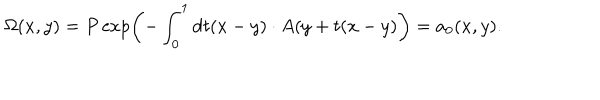
\Omega ( x , y ) = P \exp \left( - \int _ { 0 } ^ { 1 } \mathrm { d } t ( x - y ) \cdot A ( y + t ( x - y ) \right) = a _ { 0 } ( x , y ) .